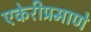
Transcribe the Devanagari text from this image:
एकेरीप्रमाणे